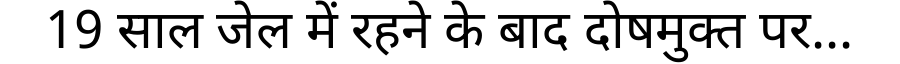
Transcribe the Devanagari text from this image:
19 साल जेल में रहने के बाद दोषमुक्त पर...